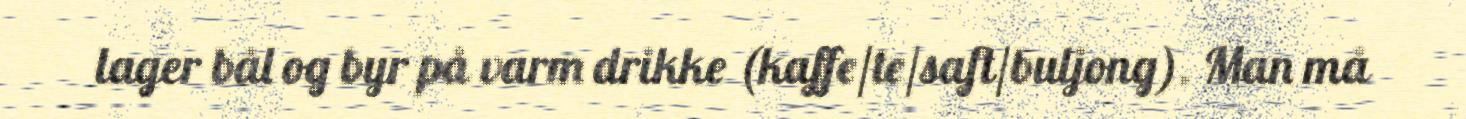
lager bål og byr på varm drikke (kaffe/te/saft/buljong). Man må